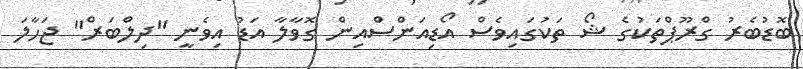
ބޮޑުބެރު ގްރޫޕްތަކުގެ ޝޯ ތަކުގައިވެސް އޯޑިއަންސްއިން ގޮވާލާ އަޑު އިވެނީ "ދިލްބަަރް" ޖަހާލަ